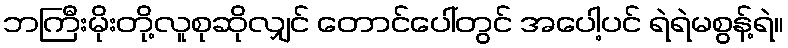
ဘကြီးမိုးတို့လူစုဆိုလျှင် တောင်ပေါ်တွင် အပေါ့ပင် ရဲရဲမစွန့်ရဲ။